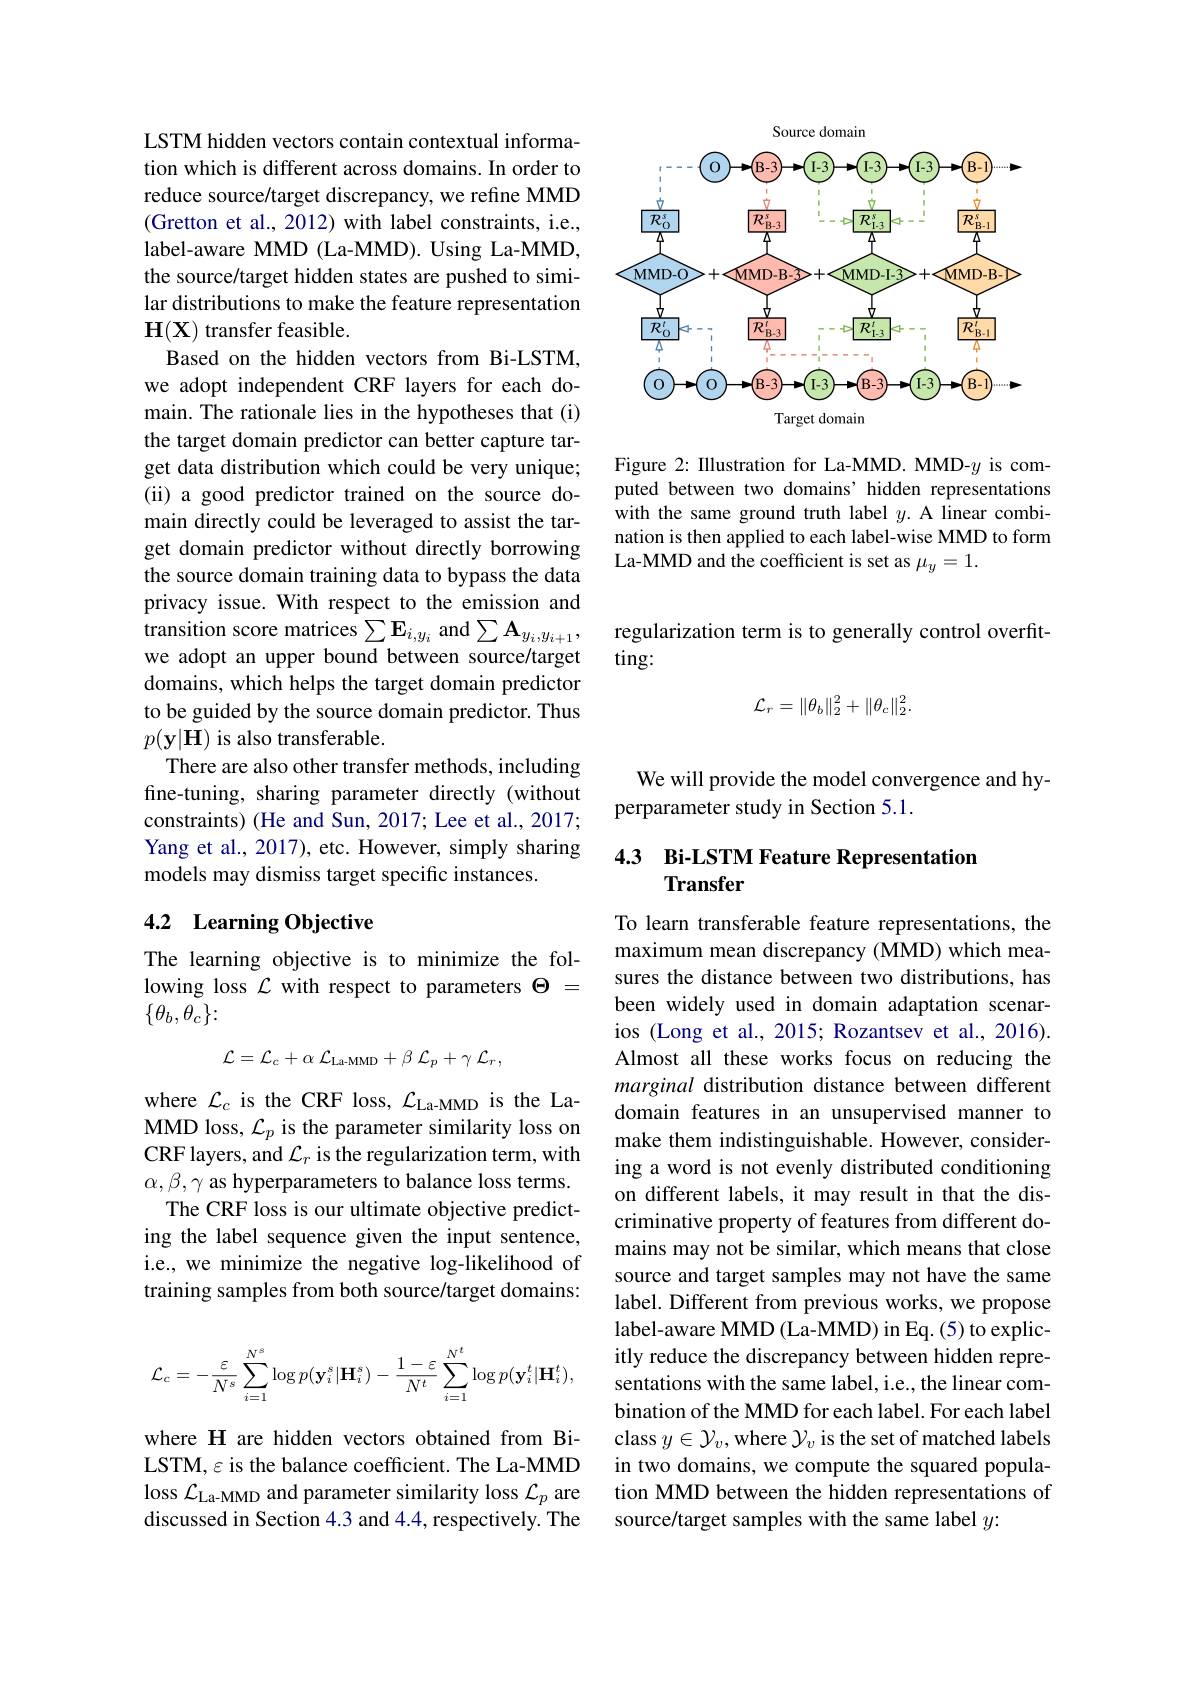
LSTM hidden vectors contain contextual information which is different across domains. In order to reduce source/target discrepancy, we refine MMD (Gretton et al., 2012) with label constraints, i.e., label-aware MMD (La-MMD). Using La-MMD, the source/target hidden states are pushed to similar distributions to make the feature representation H(X) transfer feasible.
Based on the hidden vectors from Bi-LSTM, we adopt independent CRF layers for each domain. The rationale lies in the hypotheses that (i) the target domain predictor can better capture target data distribution which could be very unique; (ii) a good predictor trained on the source domain directly could be leveraged to assist the target domain predictor without directly borrowing the source domain training data to bypass the data privacy issue. With respect to the emission and transition score matrices $\sum\mathbf{E}_{i,y_i}$ and $\sum\mathbf{A}_{y_i,y_{i+1}}$, we adopt an upper bound between source/target domains, which helps the target domain predictor to be guided by the source domain predictor. Thus $p(\mathbf{y}|\mathbf{H})$ is also transferable.
There are also other transfer methods, including fine-tuning, sharing parameter directly (without constraints) (He and Sun, 2017; Lee et al., 2017; Yang et al., 2017), etc. However, simply sharing models may dismiss target specific instances.

## 4.2 Learning Objective

The learning objective is to minimize the following loss $\mathcal{L}$ with respect to parameters $\Theta=$ $\{\theta_b,\theta_c\}:$
$$\mathcal{L}=\mathcal{L}_{c}+\alpha\:\mathcal{L}_{\mathrm{La-MMD}}+\beta\:\mathcal{L}_{p}+\gamma\:\mathcal{L}_{r},$$
where $\mathcal{L}_{c}$ is the CRF loss, $\mathcal{L}_{\mathrm{La-MMD}}$ is the LaMMD loss, $\mathcal{L}_p$ is the parameter similarity loss on CRF layers, and $\mathcal{L}_r$ is the regularization term, with $\alpha,\beta,\gamma$ as hyperparameters to balance loss terms.
The CRF loss is our ultimate objective predicting the label sequence given the input sentence, i.e., we minimize the negative log-likelihood of training samples from both source/target domains:
$$\mathcal{L}_{c}=-\frac{\varepsilon}{N^{s}}\sum_{i=1}^{N^{s}}\log p(\mathbf{y}_{i}^{s}|\mathbf{H}_{i}^{s})-\frac{1-\varepsilon}{N^{t}}\sum_{i=1}^{N^{t}}\log p(\mathbf{y}_{i}^{t}|\mathbf{H}_{i}^{t}),$$
where H are hidden vectors obtained from BiLSTM, $\varepsilon$ is the balance coefficient. The La-MMD loss $\mathcal{L}_\text{La-MMD and parameter similarity loss }\mathcal{L}_p$ are discussed in Section 4.3 and 4.4, respectively. The

Source domain
<FigureHere>

Figure 2: Illustration for La-MMD. MMD-$y$ is computed between two domains’hidden representations with the same ground truth label $y.$ A linear combination is then applied to each label-wise MMD to form La-MMD and the coefficient is set as $\mu_y=1.$

regularization term is to generally control overfit-
$\tan$g:
$$\mathcal{L}_r=\|\theta_b\|_2^2+\|\theta_c\|_2^2.$$
We will provide the model convergence and hy-
perparameter study in Section 5.1.

## 4.3 Bi-LSTM Feature Representation Transfer

To learn transferable feature representations, the maximum mean discrepancy (MMD) which measures the distance between two distributions, has been widely used in domain adaptation scenarios (Long et al., 2015; Rozantsev et al., 2016). Almost all these works focus on reducing the marginal distribution distance between different domain features in an unsupervised manner to make them indistinguishable. However, considering a word is not evenly distributed conditioning on different labels, it may result in that the discriminative property of features from different domains may not be similar, which means that close source and target samples may not have the same label. Different from previous works, we propose label-aware MMD (La-MMD) in Eq. (5) to explicitly reduce the discrepancy between hidden representations with the same label, i.e., the linear combination of the MMD for each label. For each label class $y\in\mathcal{Y}_v$,where $\mathcal{Y}_v$ is the set of matched labels in two domains, we compute the squared population MMD between the hidden representations of source/target samples with the same label $y:$